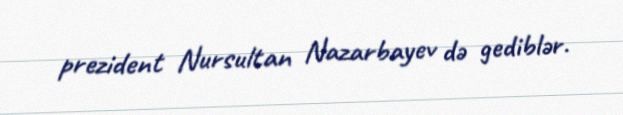
prezident Nursultan Nazarbayev də gediblər.